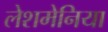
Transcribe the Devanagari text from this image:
लेशमेनिया